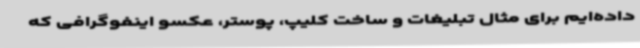
داده‌ایم برای مثال تبلیغات و ساخت کلیپ، پوستر، عکسو اینفوگرافی که